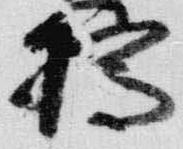
橋